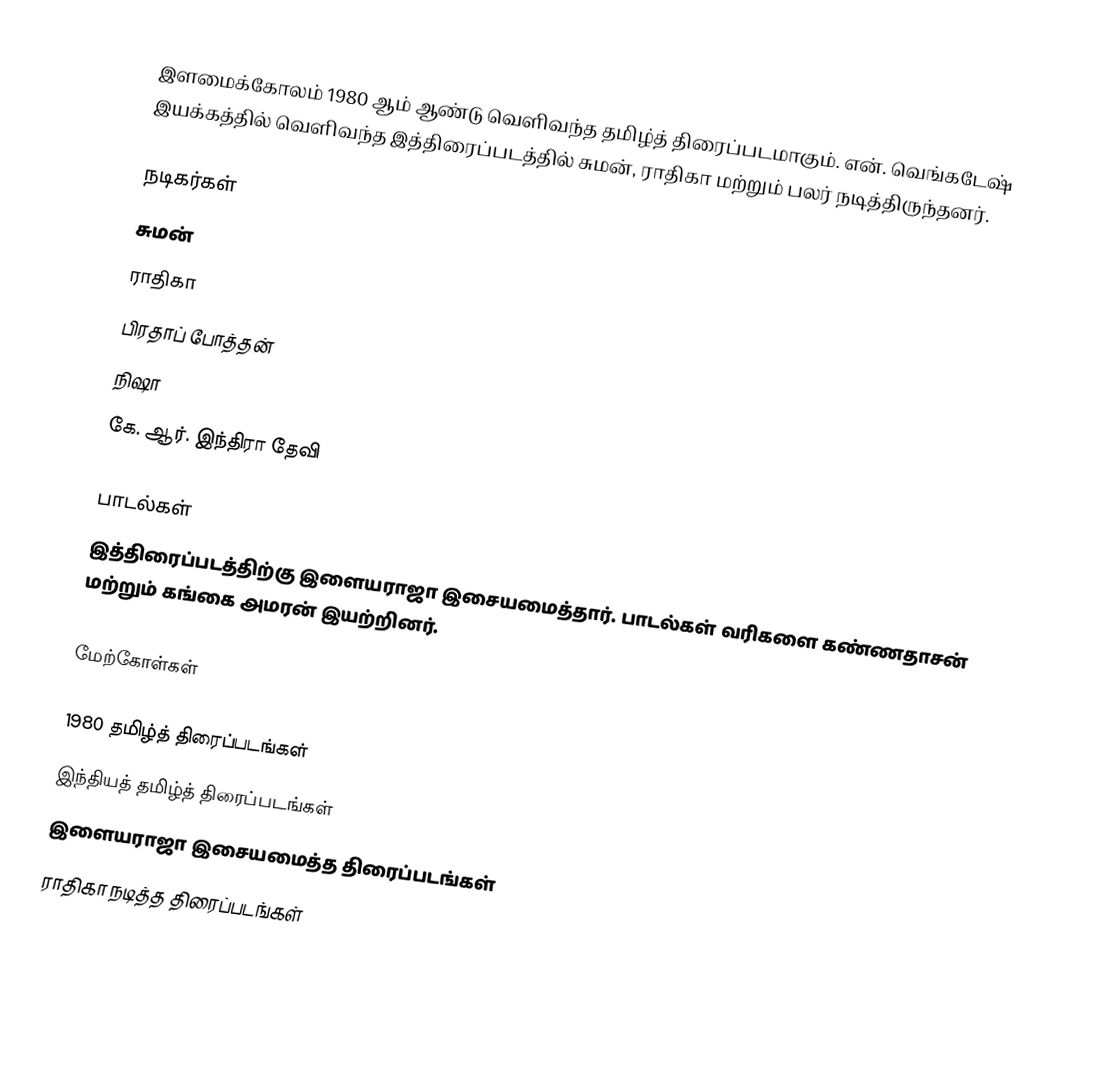
இளமைக்கோலம் 1980 ஆம் ஆண்டு வெளிவந்த தமிழ்த் திரைப்படமாகும். என். வெங்கடேஷ் இயக்கத்தில் வெளிவந்த இத்திரைப்படத்தில் சுமன், ராதிகா மற்றும் பலர் நடித்திருந்தனர்.

நடிகர்கள்
 சுமன்
 ராதிகா
 பிரதாப் போத்தன்
 நிஷா
 கே. ஆர். இந்திரா தேவி

பாடல்கள்
இத்திரைப்படத்திற்கு இளையராஜா இசையமைத்தார். பாடல்கள் வரிகளை கண்ணதாசன் மற்றும் கங்கை அமரன் இயற்றினர்.

மேற்கோள்கள்

1980 தமிழ்த் திரைப்படங்கள்
இந்தியத் தமிழ்த் திரைப்படங்கள்
இளையராஜா இசையமைத்த திரைப்படங்கள்
ராதிகா நடித்த திரைப்படங்கள்